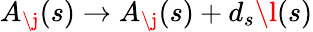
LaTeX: A_{\j}(s)\rightarrow A_{\j}(s)+d_{s}\l(s)